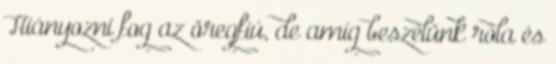
Hiányozni fog az öregfiú, de amíg beszélünk róla és